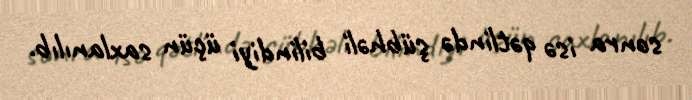
sonra isə qətlində şübhəli bilindiyi üçün saxlanılıb.